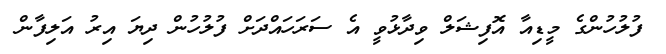
ފުލުހުންގެ މީޑިއާ އޮފިޝަލް ވިދާޅުވީ އެ ސަރަހައްދަށް ފުލުހުން ދިޔަ އިރު އަލިފާން